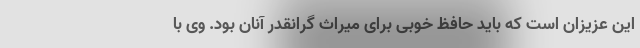
این عزیزان است که باید حافظ خوبی برای میراث گرانقدر آنان بود. وی با